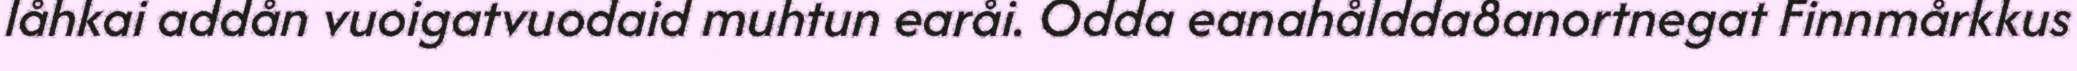
låhkai addån vuoigatvuodaid muhtun earåi. Odda eanahåldda8anortnegat Finnmårkkus